Vaccination in Bombay 1856-1862 - 1856-1862
Year: 1856
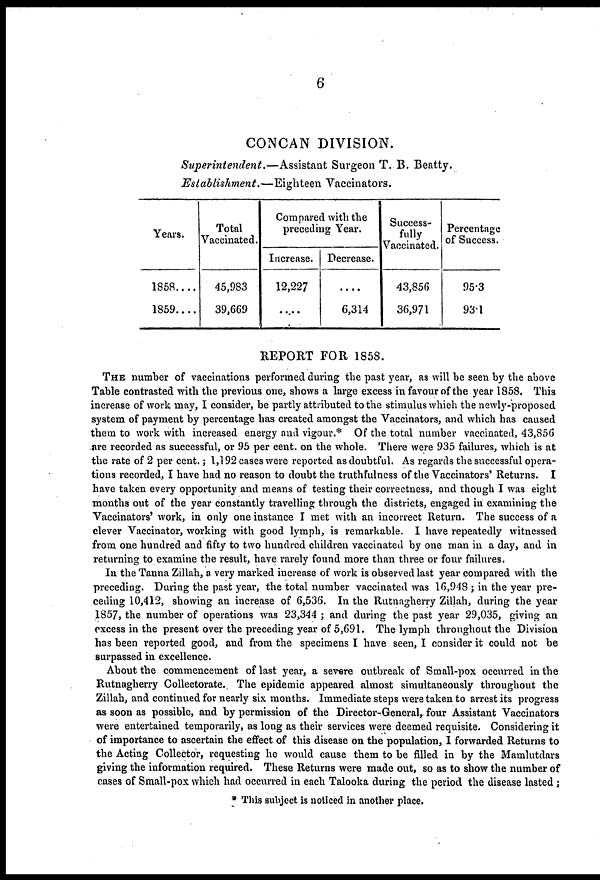
6
CONCAN DIVISION.
Superintendent.—Assistant
Surgeon T. B. Beatty.
Establishment.—Eighteen
Vaccinators.
Years.
1858....
1859....
Total
Vaccinated.
45,983
39,669
Compared with the
preceding Year.
Increase.
12,227
....
Decrease.
....
6,314
Success-
fully
Vaccinated.
43,856
36,971
Percentage
of Success.
95.3
93.1
REPORT FOR 1858.
THE number of vaccinations performed during the past year, as will be seen by the above
Table contrasted with the previous one, shows a large excess in favour of the year 1858. This
increase of work may, I consider, be partly attributed to the stimulus which the newly-proposed
system of payment by percentage has created amongst the Vaccinators, and which has caused
them to work with increased energy and vigour.* Of the total number vaccinated, 43,856
are recorded as successful, or 95 per cent. on the whole. There were 935 failures, which is at
the rate of 2 per cent.; 1,192 cases were reported as doubtful. As regards the successful opera-
tions recorded, I have had no reason to doubt the truthfulness of the Vaccinators' Returns. I
have taken every opportunity and means of testing their correctness, and though I was eight
months out of the year constantly travelling through the districts, engaged in examining the
Vaccinators' work, in only one instance I met with an incorrect Return. The success of a
clever Vaccinator, working with good lymph, is remarkable. I have repeatedly witnessed
from one hundred and fifty to two hundred children vaccinated by one man in a day, and in
returning to examine the result, have rarely found more than three or four failures.
In the Tanna Zillah, a very marked increase of work is observed last year compared with the
preceding. During the past year, the total number vaccinated was 16,948 ; in the year pre-
ceding 10,412, showing an increase of 6,536. In the Rutnagherry Zillah, during the year
1857, the number of operations was 23,344 ; and during the past year 29,035, giving an
excess in the present over the preceding year of 5,691. The lymph throughout the Division
has been reported good, and from the specimens I have seen, I consider it could not be
surpassed in excellence.
About the commencement of last year, a severe outbreak of Small-pox occurred in the
Rutnagherry Collectorate. The epidemic appeared almost simultaneously throughout the
Zillah, and continued for nearly six months. Immediate steps were taken to arrest its progress
as soon as possible, and by permission of the Director-General, four Assistant Vaccinators
were entertained temporarily, as long as their services were deemed requisite. Considering it
of importance to ascertain the effect of this disease on the population, I forwarded Returns to
the Acting Collector, requesting he would cause them to be filled in by the Mamlutdars
giving the information required. These Returns were made out, so as to show the number of
cases of Small-pox which had occurred in each Talooka during the period the disease lasted ;
* This subject is noticed in another place.